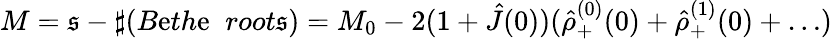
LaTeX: M=\mathfrak{s}-\sharp(B\mathrm{e}th\mathrm{e}\; \; root\mathfrak{s})=M_{0}-2(1+\hat{{J}}(0))(\hat{{\rho}}_{+}^{(0)}(0)+\hat{{\rho}}_{+}^{(1)}(0)+\dots)